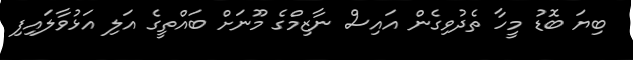
ބިޔަ ބޮޑު މީހާ ތެދުވިގެން އައިސް ނާޒިމްގެ މޫނަށް ބައްތީގެ އަލި އަޅުވާލައިފި